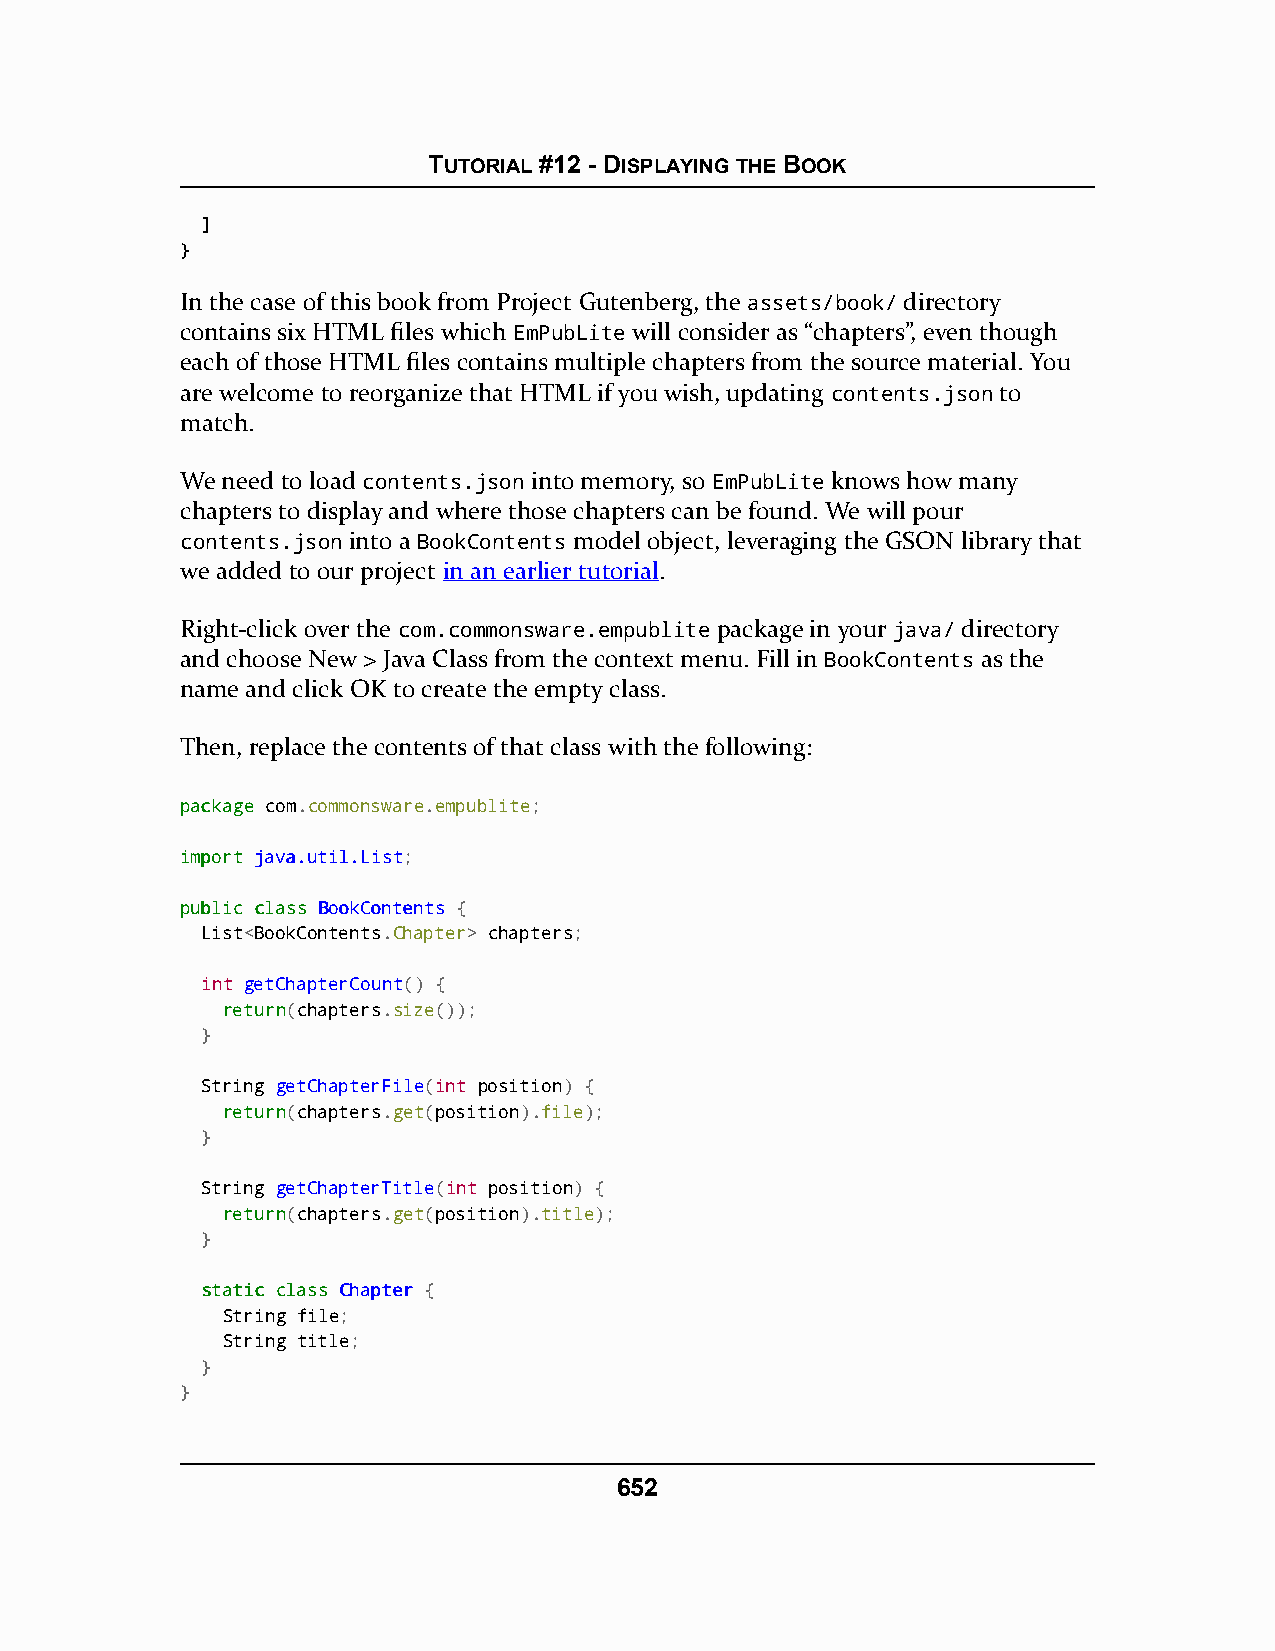
TUTORIAL #12 - DISPLAYING THE BOOK
 ]
 }
 In the case of this book from Project Gutenberg, the assets/book/ directory
 contains six HTML files which EmPubLite will consider as “chapters”, even though
 each of those HTML files contains multiple chapters from the source material. You
 are welcome to reorganize that HTML if you wish, updating contents.json to
 match.
 We need to load contents.json into memory, so EmPubLite knows how many
 chapters to display and where those chapters can be found. We will pour
 contents.json into a BookContents model object, leveraging the GSON library that
 we added to our project in an earlier tutorial.
 Right-click over the com.commonsware.empublite package in your java/ directory
 and choose New > Java Class from the context menu. Fill in BookContents as the
 name and click OK to create the empty class.
 Then, replace the contents of that class with the following:
 ppaacckkaaggee com.commonsware.empublite;
 iimmppoorrtt jjaavvaa..uuttiill..LLiisstt;
 ppuubblliicc ccllaassss BBooookkCCoonntteennttss {
 List<BookContents.Chapter> chapters;
 int getChapterCount() {
 rreettuurrnn(chapters.size());
 }
 String getChapterFile(int position) {
 rreettuurrnn(chapters.get(position).file);
 }
 String getChapterTitle(int position) {
 rreettuurrnn(chapters.get(position).title);
 }
 ssttaattiicc ccllaassss CChhaapptteerr {
 String file;
 String title;
 }
 }
 652